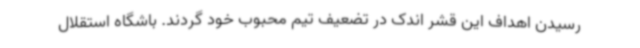
رسیدن اهداف این قشر اندک در تضعیف تیم محبوب خود گردند. باشگاه استقلال